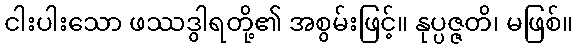
ငါးပါးသော ဖဿဒွါရတို့၏ အစွမ်းဖြင့်။ နုပ္ပဇ္ဇတိ၊ မဖြစ်။